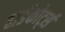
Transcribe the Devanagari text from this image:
हार्डकोर्ट्स